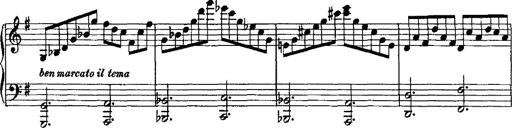
Title: Rondo di bravura
Composer: Franz Liszt